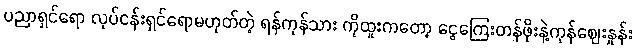
ပညာရှင်ရော လုပ်ငန်းရှင်ရောမဟုတ်တဲ့ ရန်ကုန်သား ကိုထူးကတော့ ငွေကြေးတန်ဖိုးနဲ့ကုန်ဈေးနှုန်း